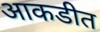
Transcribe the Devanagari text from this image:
आकडीत